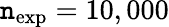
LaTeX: \mathtt{n}_{\mathrm{{exp}}}=10,000